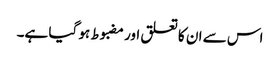
اس سے ان کا تعلق اور مضبوط ہو گیا ہے۔